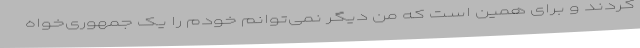
کردند و برای همین است که من دیگر نمی‌توانم خودم را یک جمهوری‌خواه